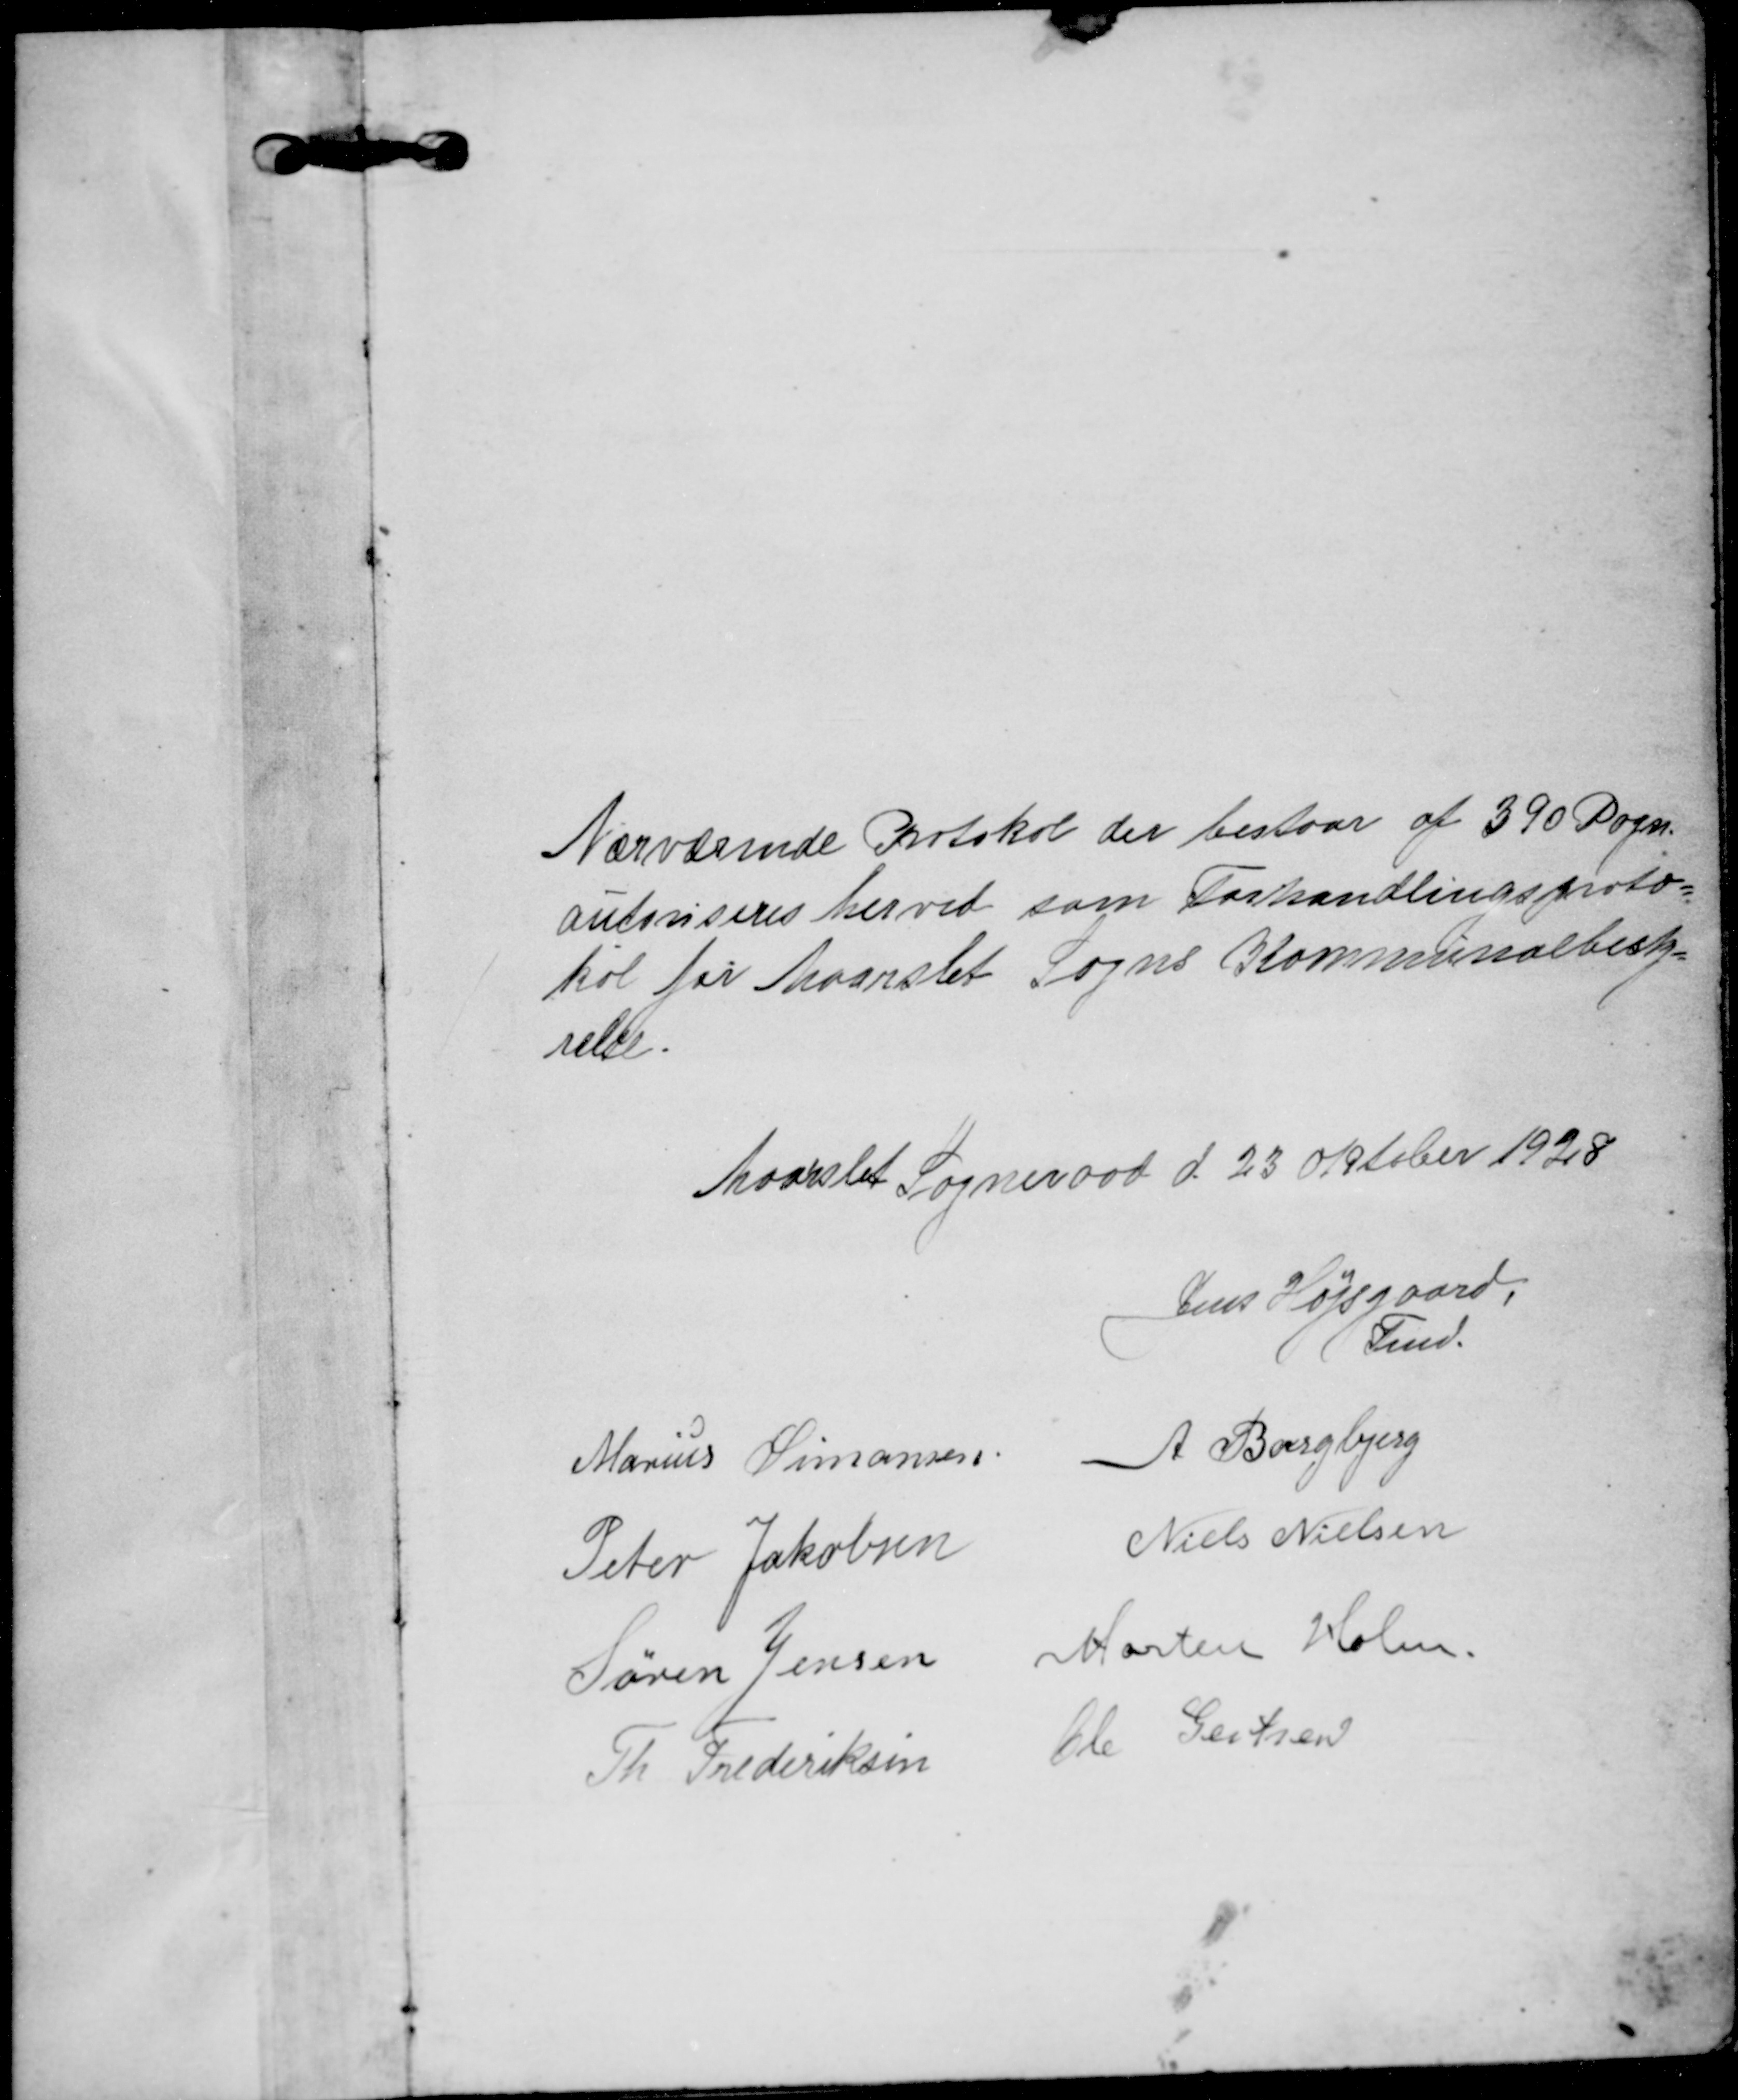
Transskription:
Nærværende Protokol der bestaar af 390 Pagn.
autoriseres herved som Forhandlingsproto=
kol for Maarslet Sogns Kommunalbesty=
relse.
Maarslet Sogneraad d. 23 Oktober 1928
Jens Højsgaard,
Fmd.
Marius Simonsen
A Borgbjerg
Peter Jakobsen 
Niels Nielsen
Søren Jensen
Morten Holm.
Th. Frederiksen
Ole Gertsen